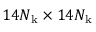
1 4 N _ { \mathrm { k } } \times 1 4 N _ { \mathrm { k } }